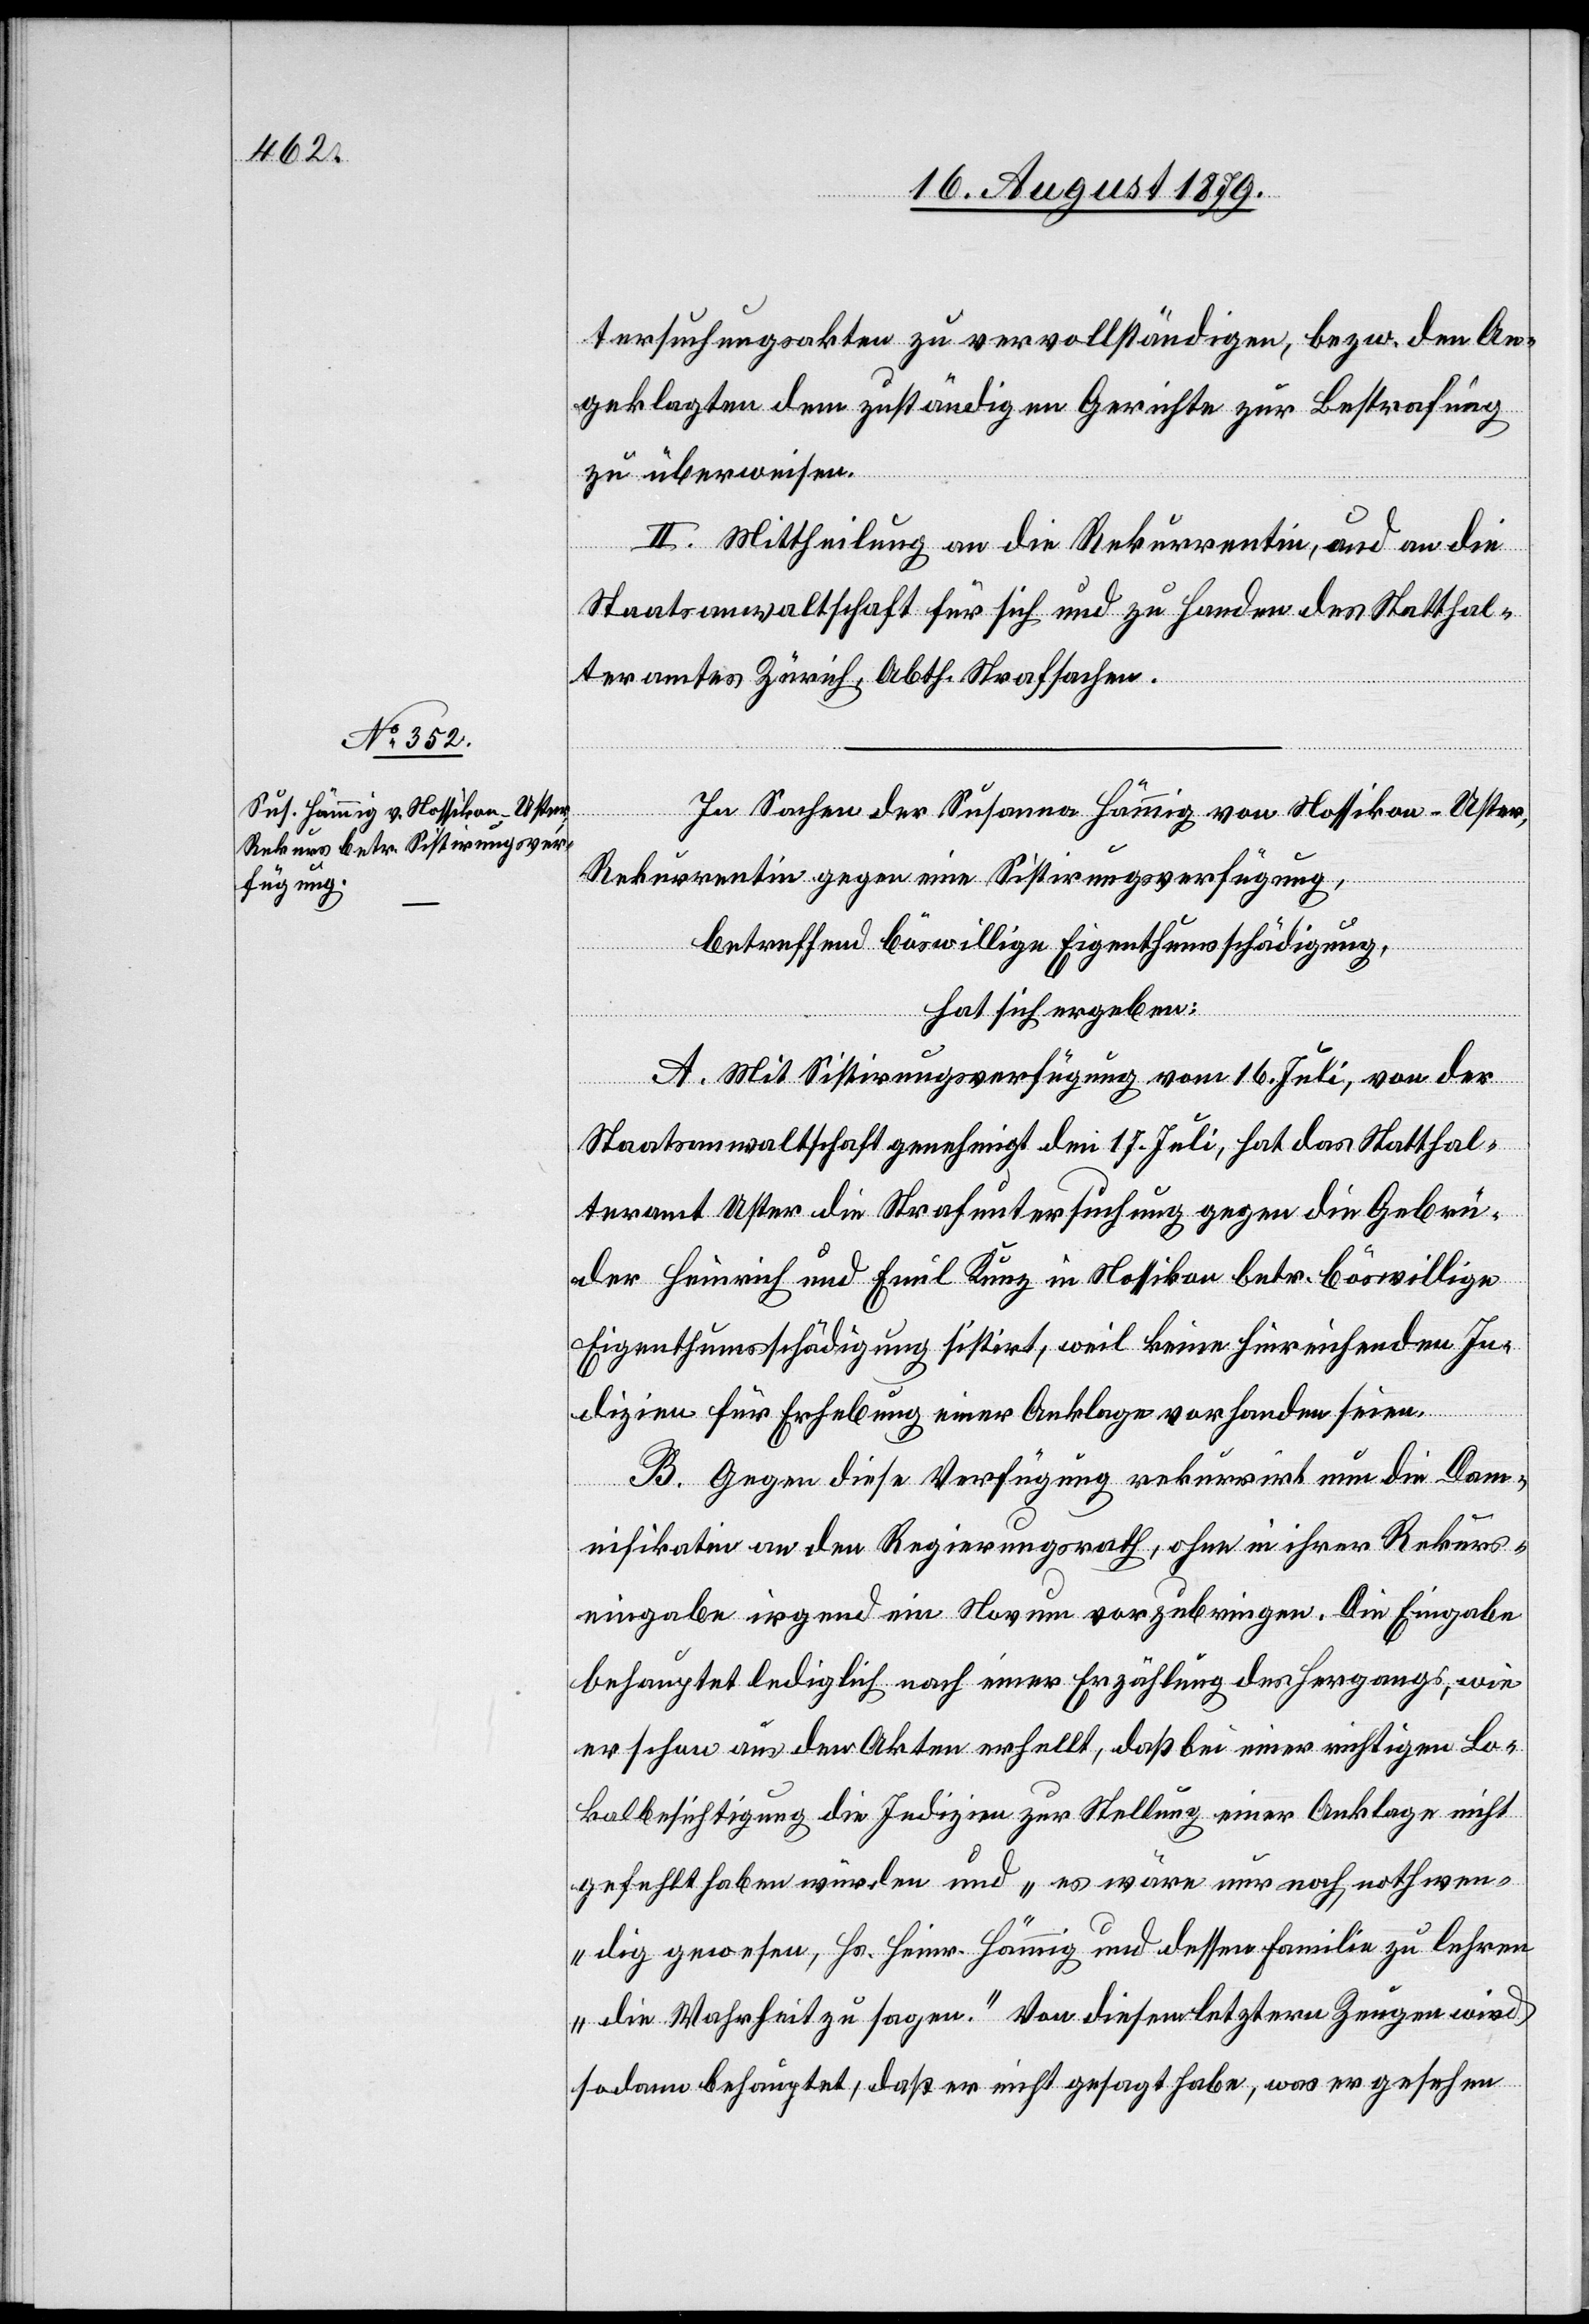
tersuchungsakten zu vervollständigen, bezw. den An¬
geklagten dem zuständigen Gerichte zur Bestrafung
zu überweisen.
II. Mittheilung an die Rekurrentin, und an die
Staatsanwaltschaft für sich und zu Handen des Statthal¬
teramtes Zürich, Abth. Strafsachen.
In Sachen der Susanna Hämmig von Nossikon - Uster,
Rekurrentin gegen eine Sistirungsverfügung,
betreffend böswillige Eigenthumsschädigung,
hat sich ergeben:
A. Mit Sistirungsverfügung vom 16. Juli, von der
Staatsanwaltschaft genehmigt den 17. Juli, hat das Statthal¬
teramt Uster die Strafuntersuchung gegen die Gebrü¬
der Heinrich und Emil Kunz in Nossikon betr. böswillige
Eigenthumsentschädigung sistirt, weil keine hineinreichenden In¬
dizien für Erhebung einer Anklage vorhanden seien.
B. Gegen diese Verfügung rekurrirt nun die Dam¬
nifikatin an den Regierungsrath, ohne in ihrer Rekurs¬
eingabe irgend ein Novum vorzubringen. Die Eingabe
behauptet lediglich nach einer Erzählung des Hergangs, wie
er schon aus den Akten erhellt, daß bei einer richtigen Lo¬
kalbesichtigung die Indizien zur Stellung einer Anklage nicht
gefehlt haben würden und „es wäre nur noch nothwen¬
dig gewesen, Hs. Heinr. Hämmig und dessen Familie zu lehren
die Wahrheit zu sagen.“ Von diesem letztern Zeugen wird
sodann behauptet, daß er nicht gesagt habe, was er gesehen